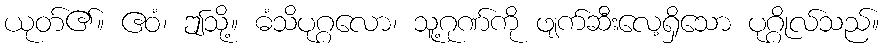
ယုတ်၏။ ဧဝံ၊ ဤသို့။ ဓံသိပုဂ္ဂလော၊ သူ့ဂုဏ်ကို ဖျက်ဆီးလေ့ရှိသော ပုဂ္ဂိုလ်သည်။